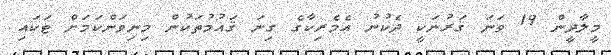
މީލާދީން 19 ވަނަ ޤަރުނަކީ ދެކުނު އެމެރިކާގެ ގިނަ ޤައުމުތަކުން މިނިވަންކަމަށް ޓަކައި